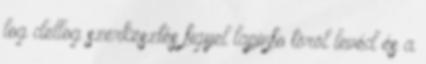
log dellog szerkesztés figyel lapinfo töröl levéd és a